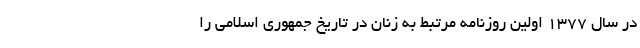
در سال ۱۳۷۷ اولین روزنامه مرتبط به زنان در تاریخ جمهوری اسلامی را